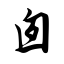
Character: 囱